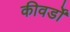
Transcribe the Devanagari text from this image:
कीवर्डों